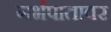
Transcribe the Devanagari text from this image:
गर्भपातावर